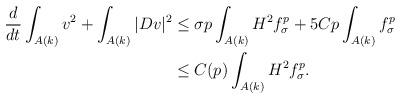
LaTeX: \begin{align*}\frac{d}{dt} \int_{A(k)} v^2 + \int_{A(k)} |Dv|^2 &\leq \sigma p \int_{A(k)} H^2 f_\sigma^p + 5Cp \int_{A(k)} f_\sigma^p\\&\leq C(p) \int_{A(k)} H^2 f_\sigma^p.\end{align*}